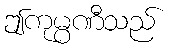
ဤကုမ္ပဏီသည်